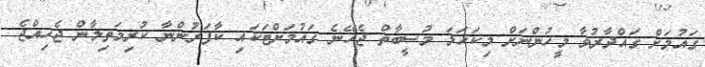
ގައުމަށް ގައްދާރުވާ މީހުންނަށް މިކަހަލަ މުސީބާތް ޖެހޭނެ ގައުމަށްޓަކައި ކާފަރުންނާ ކުރިމަތިލާން ޖެހިއްޖެ